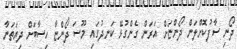
ދޯނި ސާފުކޮށްލަން ދޯންޏަށް އަރަން ގެންގުޅޭ ކަނދުގައި މޫސަ ދޯންޏާ ހިސާބަށް ދިޔަތަނާ